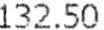
132.50